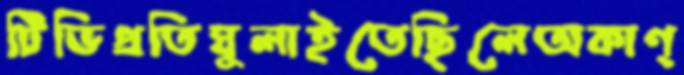
টিভিপ্রতিঘুলাইতেছিলেঅকাণ্